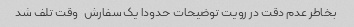
بخاطر عدم دقت در رویت توضیحات حدودا یک سفارش   وقت تلف شد